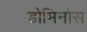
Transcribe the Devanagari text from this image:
डोमिनोस